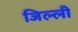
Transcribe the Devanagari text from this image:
जिल्ली